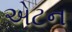
એટન